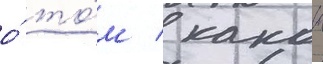
о́ то́м / какои